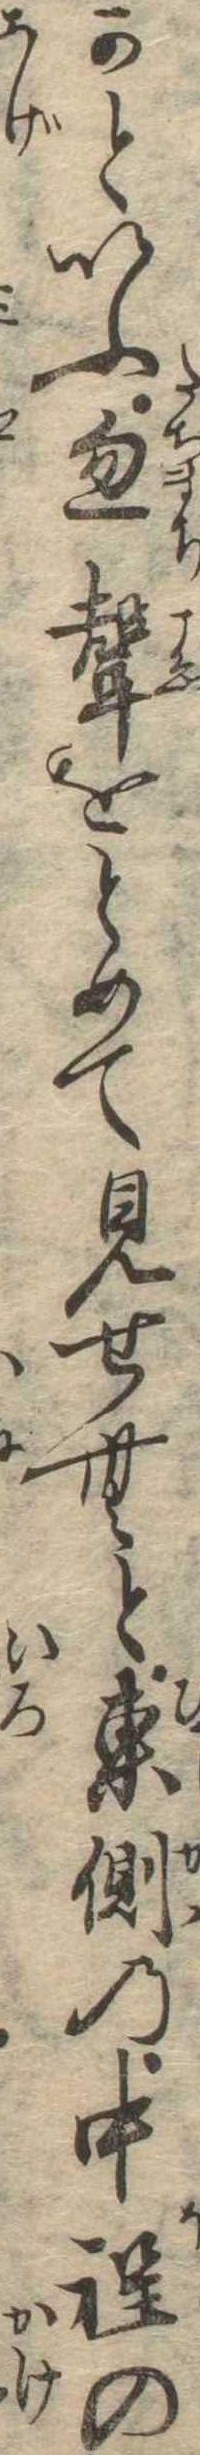
かといふ忽声をとめて見せむと東側の中程の